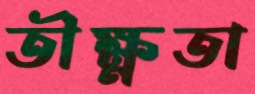
তীক্ষ্ণতা